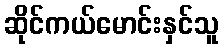
ဆိုင်ကယ်မောင်းနှင်သူ